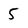
Character: 5